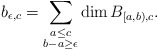
\begin{align*} b_{\epsilon,c} = \sum_{\substack{a\leq c\\ b-a\geq\epsilon}} \dim B_{[a,b),c}.\end{align*}